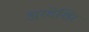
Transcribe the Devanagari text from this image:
अरदेशिर